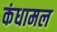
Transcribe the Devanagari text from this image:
कंधामल